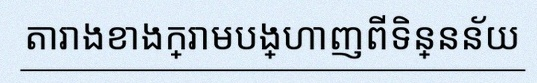
តារាងខាងក្រោមបង្ហាញពីទិន្នន័យ